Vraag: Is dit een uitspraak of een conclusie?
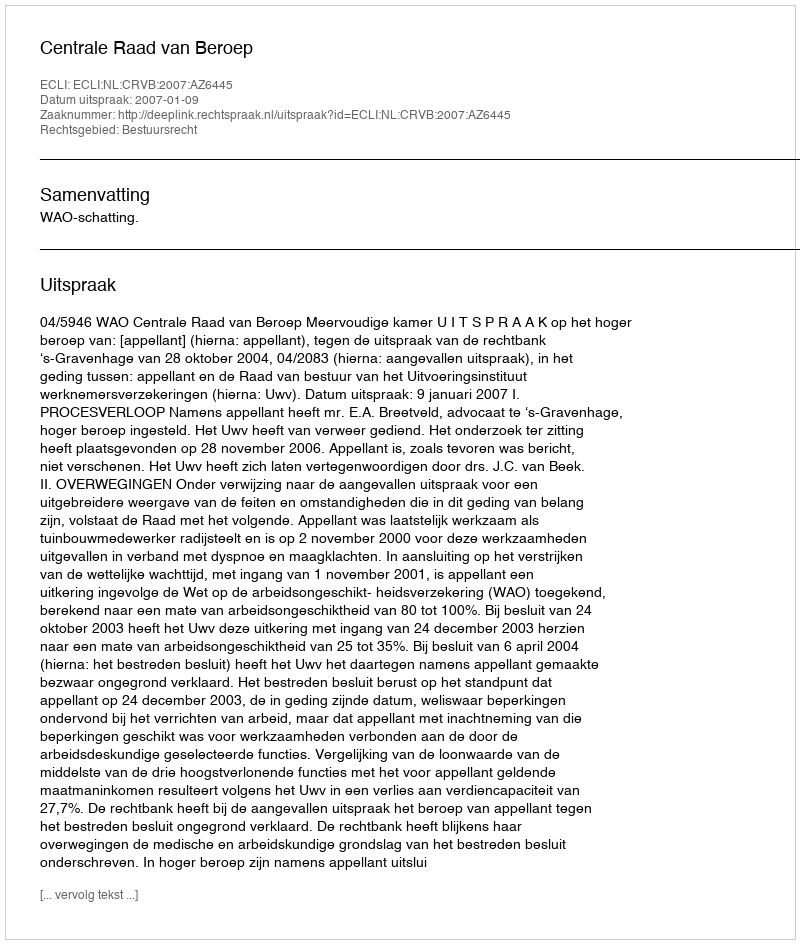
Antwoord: Uitspraak